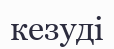
кезуді